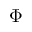
\Phi